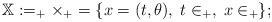
LaTeX: \begin{align*}\mathbb X:= \real_+\times \real_+ = \{x=(t,\theta), \; t \in \real_+, \; x\in \real_+\};\end{align*}